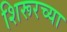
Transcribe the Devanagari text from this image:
शिरूरच्या